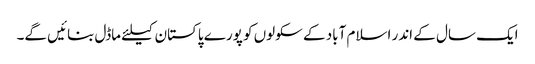
ایک سال کے اندر اسلام آباد کے سکولوں کو پورے پاکستان کیلئے ماڈل بنائیں گے۔